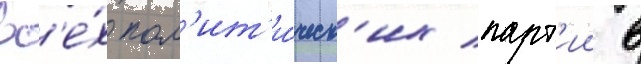
вс'е́х пол'ит'и́ческ'их парт'ии в